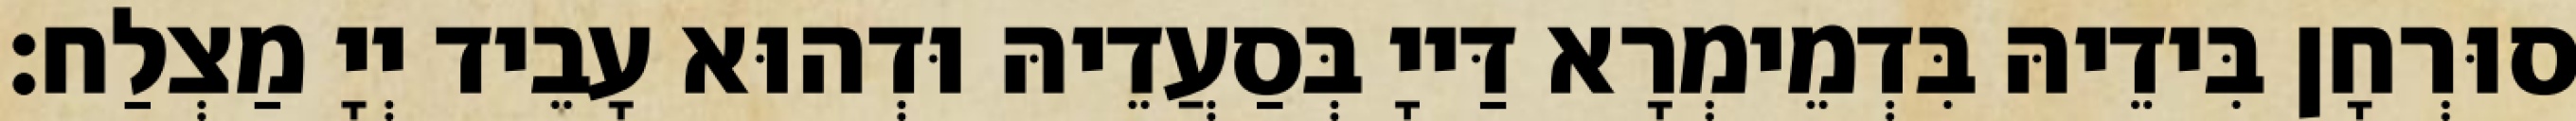
סוּרְחָן בִּידֵיהּ בִּדְמֵימְרָא דַּייָ בְּסַעֲדֵיהּ וּדְהוּא עָבֵיד יְיָ מַצְלַח׃